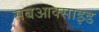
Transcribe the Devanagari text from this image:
सबआक्साइड